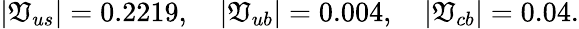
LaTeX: |\mathfrak{V}_{us}|=0.2219,\quad|\mathfrak{V}_{ub}|=0.004,\quad|\mathfrak{V}_{cb}|=0.04.